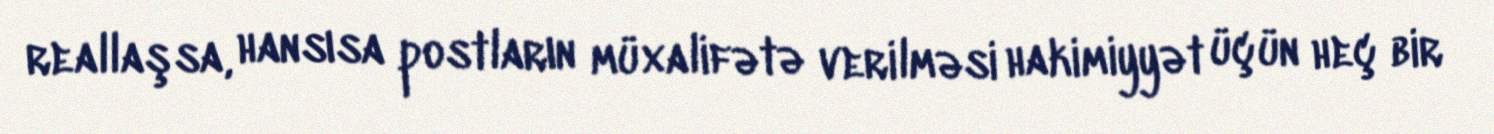
reallaşsa, hansısa postların müxalifətə verilməsi hakimiyyət üçün heç bir